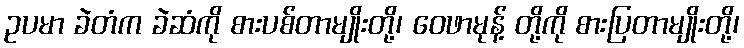
ဥပမာ ခဲတံက ခဲဆံကို စားပစ်တာမျိုးတို့၊ ဝေဖာမုန့် တို့ကို စားပြတာမျိုးတို့၊